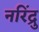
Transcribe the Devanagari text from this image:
नरिंद्रु